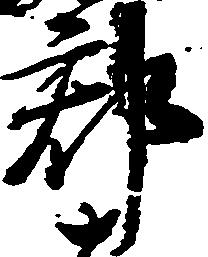
郡